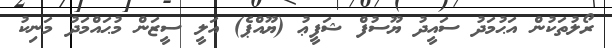
ރޯލުތަކުން އަޙުމަދު ސައީދު ޔޫސުފް ޝަފީޢު (ޔޫއްޕެ) އަލީ ސީޒަން މުޙައްމަދު މަނިކު